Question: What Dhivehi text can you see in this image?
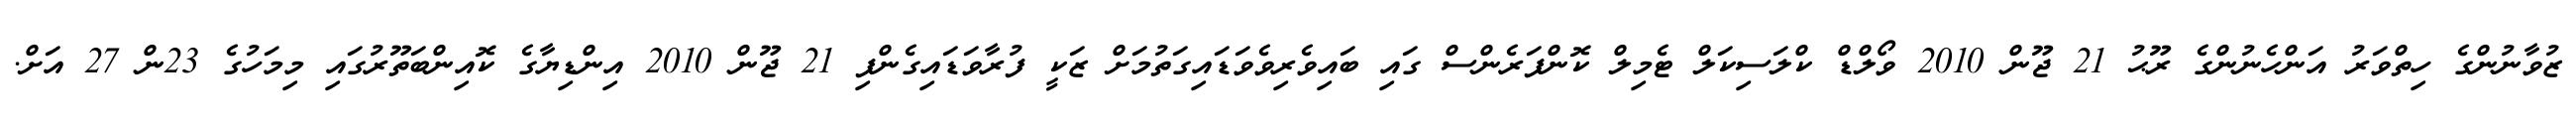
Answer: ޒުވާނުންގެ ހިތްވަރު އަންހެނުންގެ ރޫޙު 21 ޖޫން 2010 ވޯލްޑް ކްލަސިކަލް ޓެމިލް ކޮންފަރެންސް ގައި ބައިވެރިވެވަޑައިގަތުމަށް ޒަކީ ފުރާވަޑައިގެންފި 21 ޖޫން 2010 އިންޑިޔާގެ ކޮއިންބަތޫރުގައި މިމަހުގެ 23ން 27 އަށް.